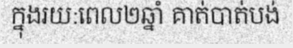
ក្នុងរយ:ពេល២ឆ្នាំ គាត់បាត់បង់